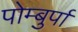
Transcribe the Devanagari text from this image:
पोम्बुर्पा